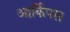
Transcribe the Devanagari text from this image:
आर्किपस